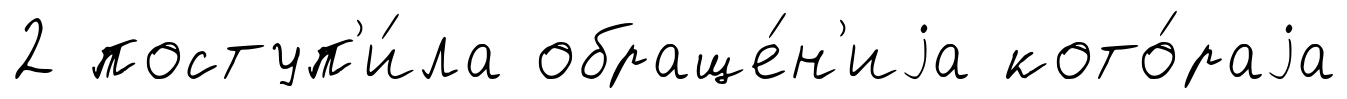
2 поступ'и́ла обраще́н'иjа кото́раjа